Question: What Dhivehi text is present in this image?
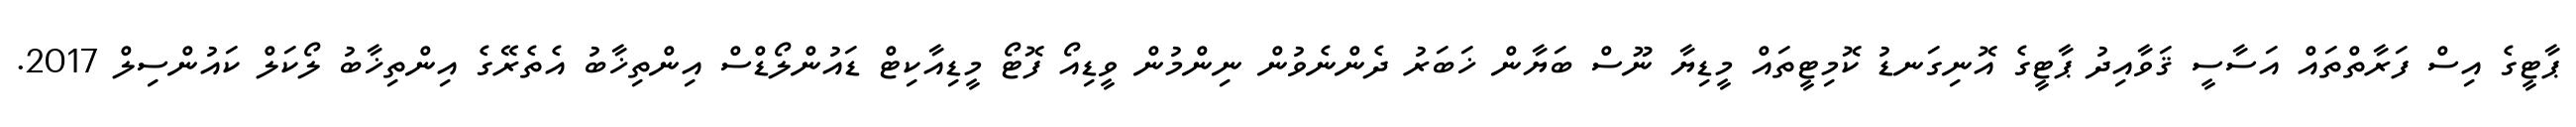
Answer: ޕާޓީގެ އިސް ފަރާތްތައް އަސާސީ ޤަވާއިދު ޕާޓީގެ އޮނިގަނޑު ކޮމިޓީތައް މީޑިޔާ ނޫސް ބަޔާން ޚަބަރު ދެންނެވުން ނިންމުން ވީޑިއޯ ފޮޓޯ މީޑިއާކިޓް ޑައުންލޯޑްސް އިންތިޚާބު އެތެރޭގެ އިންތިޚާބު ލޯކަލް ކައުންސިލް 2017.